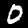
Label: 0